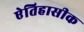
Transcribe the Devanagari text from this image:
एेतिहासीक